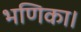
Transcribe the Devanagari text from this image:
भणिका।